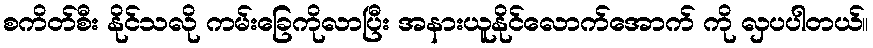
စကိတ်စီး နိုင်သလို ကမ်းခြေကိုလာပြီး အနားယူနိုင်လောက်အောက် ကို လှပပါတယ်။